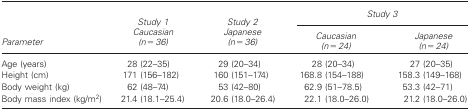
<table><thead><tr><td></td><td><b><i>Study 1</i></b></td><td><b><i>Study 2</i></b></td><td colspan="2"><b><i>Study 3</i></b></td></tr><tr><td><b>Parameter</b></td><td><b><i>Caucasian (n = 36)</i></b></td><td><b><i>Japanese (n = 36)</i></b></td><td><b><i>Caucasian (n = 24)</i></b></td><td><b><i>Japanese (n = 24)</i></b></td></tr></thead><tbody><tr><td>Age (years)</td><td>28 (22−35)</td><td>29 (20−34)</td><td>28 (20−34)</td><td>27 (20−35)</td></tr><tr><td>Height (cm)</td><td>171 (156−182)</td><td>160 (151−174)</td><td>168.8 (154−188)</td><td>158.3 (149−168)</td></tr><tr><td>Body weight (kg)</td><td>62 (48−74)</td><td>53 (42−80)</td><td>62.9 (51−78.5)</td><td>53.3 (42−71)</td></tr><tr><td>Body mass index (kg/m<sup>2</sup>)</td><td>21.4 (18.1−25.4)</td><td>20.6 (18.0−26.4)</td><td>22.1 (18.0−26.0)</td><td>21.2 (18.0−26.0)</td></tr></tbody></table>